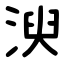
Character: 㳛